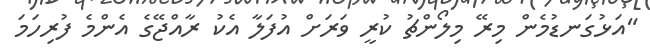
"އަޅުގަނޑުމެން މިރޭ މިލޯންޗު ކުރީ ވަރަށް އުފަލާ އެކު ރާއްޖޭގެ އެންމެ ފުރިހަމަ